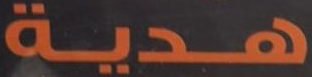
هدية